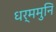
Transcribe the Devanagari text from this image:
धर्ममुनि